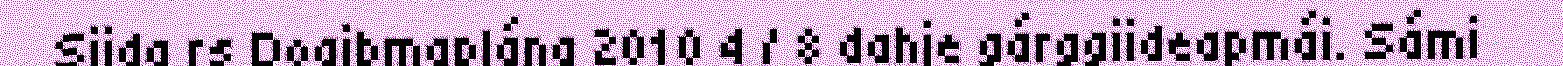
Siida rs Doaibmaplána 2010 4 / 8 dahje gárggiideapmái. Sámi